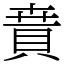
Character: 𧶚